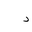
Letter: _dal